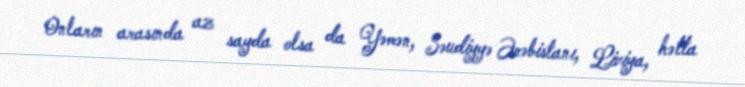
Onların arasında az sayda olsa da Yəmən, Səudiyyə Ərəbistanı, Liviya, hətta